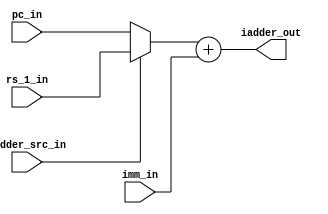
module imm_adder(iadder_src_in,pc_in,rs_1_in,imm_in,iadder_out);

	input iadder_src_in;
	input [31:0] pc_in; 
	input [31:0] rs_1_in;
        input [31:0]imm_in;

	output [31:0] iadder_out;

	reg [31:0] w;

	assign w = iadder_src_in ? rs_1_in:pc_in;
	assign iadder_out = w + imm_in;

endmodule